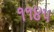
૧૧૪૫